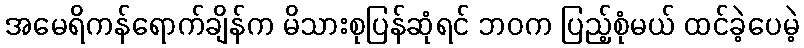
အမေရိကန်ရောက်ချိန်က မိသားစုပြန်ဆုံရင် ဘဝက ပြည့်စုံမယ် ထင်ခဲ့ပေမဲ့